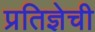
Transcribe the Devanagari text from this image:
प्रतिज्ञेची